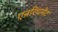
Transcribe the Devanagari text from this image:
एन्ररिचमेंट